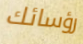
رؤسائك